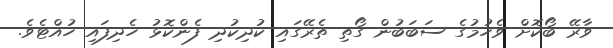
ވާރޭ ބޯކޮށް ވެހުމުގެ ސަބަބުން ގޯތި ތެރޭގައި ކުދިކުދި ފެންކޮޅު ހެދިފައި ހުއްޓެވެ.